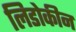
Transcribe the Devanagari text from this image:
लिडोकीन